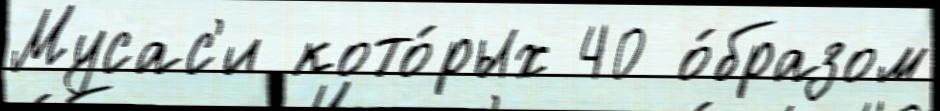
Мусас'и кото́рых 40 о́бразом